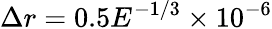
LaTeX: \Delta r=0.5E^{-1/3}\times 10^{-6}